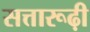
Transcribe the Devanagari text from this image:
सत्तारूढ़ी